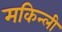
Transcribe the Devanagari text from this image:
मकिन्ली